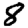
Digit: 8